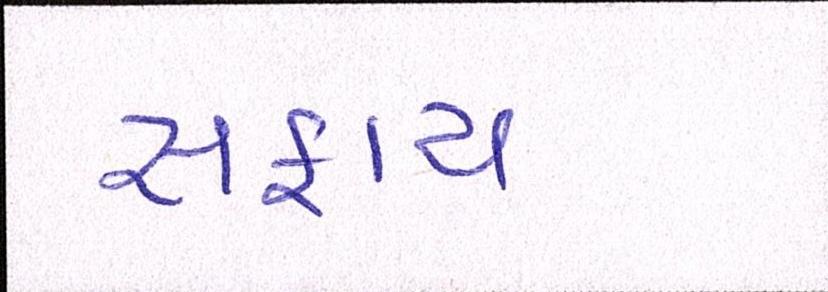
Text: સફાય